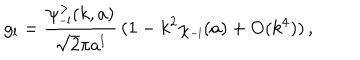
LaTeX: g _ { l } = \frac { \psi _ { \scriptscriptstyle { - l } } ^ { > } ( k , a ) } { \sqrt 2 \pi a ^ { l } } \, ( 1 - k ^ { 2 } \chi _ { \scriptscriptstyle { - l } } ( a ) + \mathrm { O } ( k ^ { 4 } ) ) \, ,